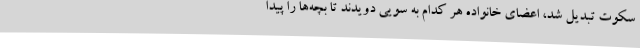
سکوت تبدیل شد، اعضای خانواده هر کدام به سویی دویدند تا بچه‌ها را پیدا